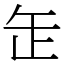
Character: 𦈢